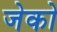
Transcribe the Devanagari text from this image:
जेको